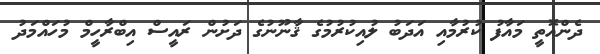
ދެންއޮތީ މައާފު ކުރުމާއި އަދަބު ލުއިކުރުމުގެ ޤާނޫނުގެ ދަށުން ރައީސް އިބްރާހީމް މުހައްމަދު